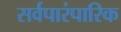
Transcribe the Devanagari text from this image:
सर्वपारंपारिक